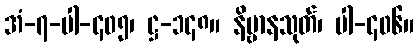
အံ-၇-ပါ-၄၀၅၊ ဋ္ဌ-၁၄၈။ နိဗ္ဗာနသုတ်၊ ပါ-၄၀၆။